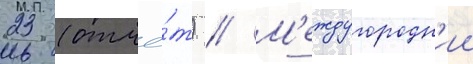
23 (отчё́т) // М'еждугородн'ии